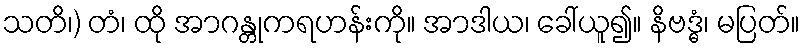
သတိ၊) တံ၊ ထို အာဂန္တုကရဟန်းကို။ အာဒါယ၊ ခေါ်ယူ၍။ နိဗဒ္ဓံ၊ မပြတ်။